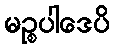
မဉ္စပါဒေပိ